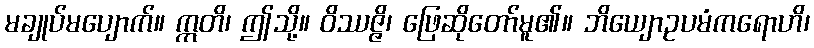
မချုပ်မပျောက်။ ဣတိ၊ ဤသို့။ ဝိဿဇ္ဇိ၊ ဖြေဆိုတော်မူ၏။ ဘိယျောဥပမံကရောဟိ၊